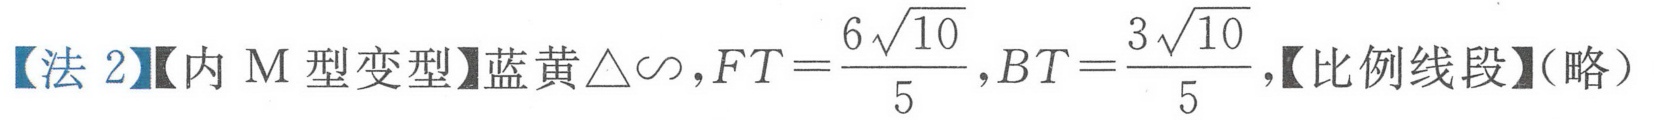
【法2】【内M型变型】蓝黄\(\triangle\sim\)，\(FT = \frac{6\sqrt{10}}{5}\)，\(BT = \frac{3\sqrt{10}}{5}\)，【比例线段】（略）